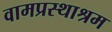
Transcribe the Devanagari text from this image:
वामप्रस्थाश्रम